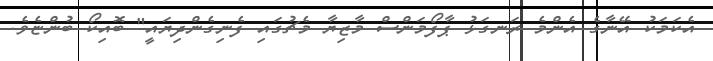
އެކަމަކު އޭނާގެ އެންމެ ރަނގަޅު ޕާފޯމަންސް މާޒިޔާ މެޗުގައި ފެނިގެންދިޔައީ" ބޮއިކޯ ބުންޏެވެ.